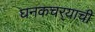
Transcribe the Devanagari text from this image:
घनकचर्‍याची